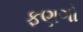
ફણગો